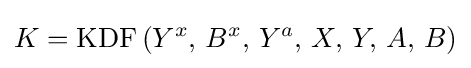
K=\operatorname {KDF} \left(Y^{x},\,B^{x},\,Y^{a},\,X,\,Y,\,A,\,B\right)